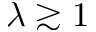
\lambda \gtrsim 1